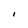
Character: I